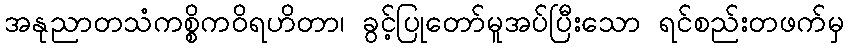
အနုညာတသံကစ္စိကဝိရဟိတာ၊ ခွင့်ပြုတော်မူအပ်ပြီးသော ရင်စည်းတဖက်မှ